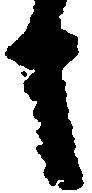
も